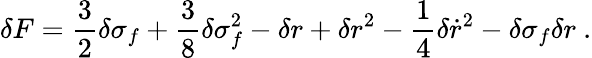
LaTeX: \delta F=\frac{3}{2}\delta\sigma_{f}+\frac{3}{8}\delta\sigma_{f}^{2}-\delta r+\delta r^{2}-\frac{1}{4}\delta{\dot{r}}^{2}-\delta\sigma_{f}\delta r~.